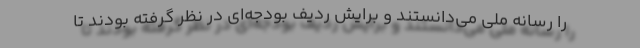
را رسانه ملی می‌دانستند و برایش ردیف بودجه‌ای در نظر گرفته بودند تا